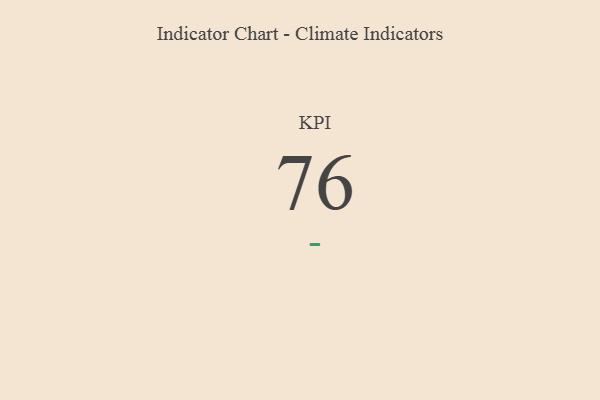
{"axis": {"x": "KPI", "y": "Value"}, "legend": [""], "data": [{"x": "KPI", "y": 76, "type": ""}]}